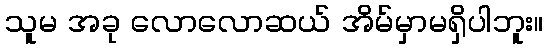
သူမ အခု လောလောဆယ် အိမ်မှာမရှိပါဘူး။